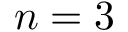
n = 3